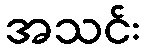
အသင်း